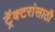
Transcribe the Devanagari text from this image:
ट्रॅक्टरांसाठी